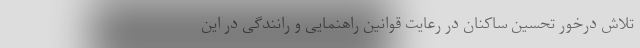
تلاش درخور تحسین ساکنان در رعایت قوانین راهنمایی و رانندگی در این